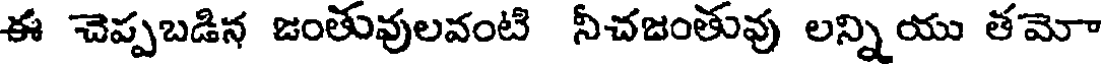
ఈ చెప్పబడిన జంతువులవంటి నీచజంతువు లన్నియు తమోా